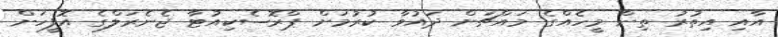
އާއި އިތުރު ތިން މީހެއްގެ މައްޗަށް ދައުވާ ކުރުމަށް ޕްރޮސެކިއުޓާ ޖެނެރަލްގެ އޮފީހަށް